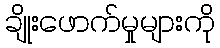
ချိုးဖောက်မှုများကို